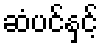
ဆံပင်နှင့်